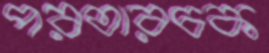
পরতারচক